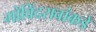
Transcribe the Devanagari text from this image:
गोविंदरावांकडे